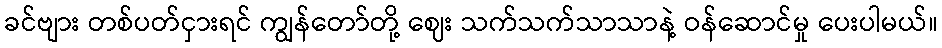
ခင်ဗျား တစ်ပတ်ငှားရင် ကျွန်တော်တို့ ဈေး သက်သက်သာသာနဲ့ ဝန်ဆောင်မှု ပေးပါမယ်။